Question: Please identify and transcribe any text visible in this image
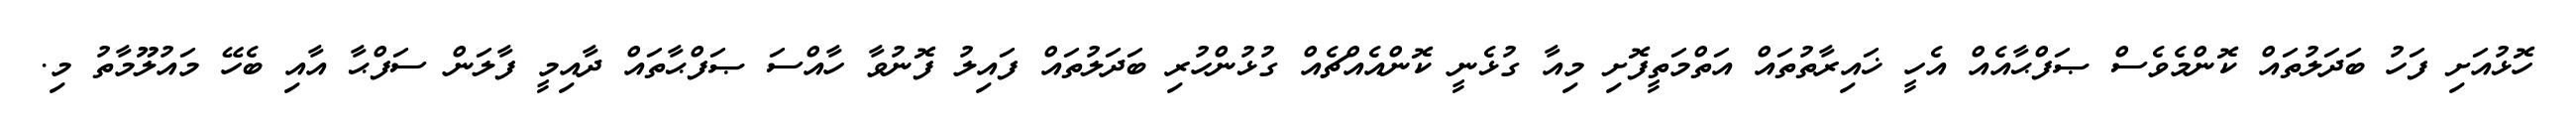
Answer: ހޮޅުއަށި ފަހު ބަދަލުތައް ކޮންމެވެސް ޞަފްޙާއެއް އެހީ ޚައިރާތުތައް އަތްމަތީފޮށި މިއާ ގުޅެނީ ކޮންއެއްޗެއް ގުޅުންހުރި ބަދަލުތައް ފައިލު ފޮނުވާ ހާއްސަ ޞަފްޙާތައް ދާއިމީ ފާލަން ސަފްޙާ އާއި ބެހޭ މައުލޫމާތު މި.